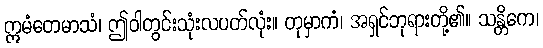
ဣမံတေမာသံ၊ ဤဝါတွင်းသုံးလပတ်လုံး။ တုမှာကံ၊ အရှင်ဘုရားတို့၏။ သန္တိကေ၊